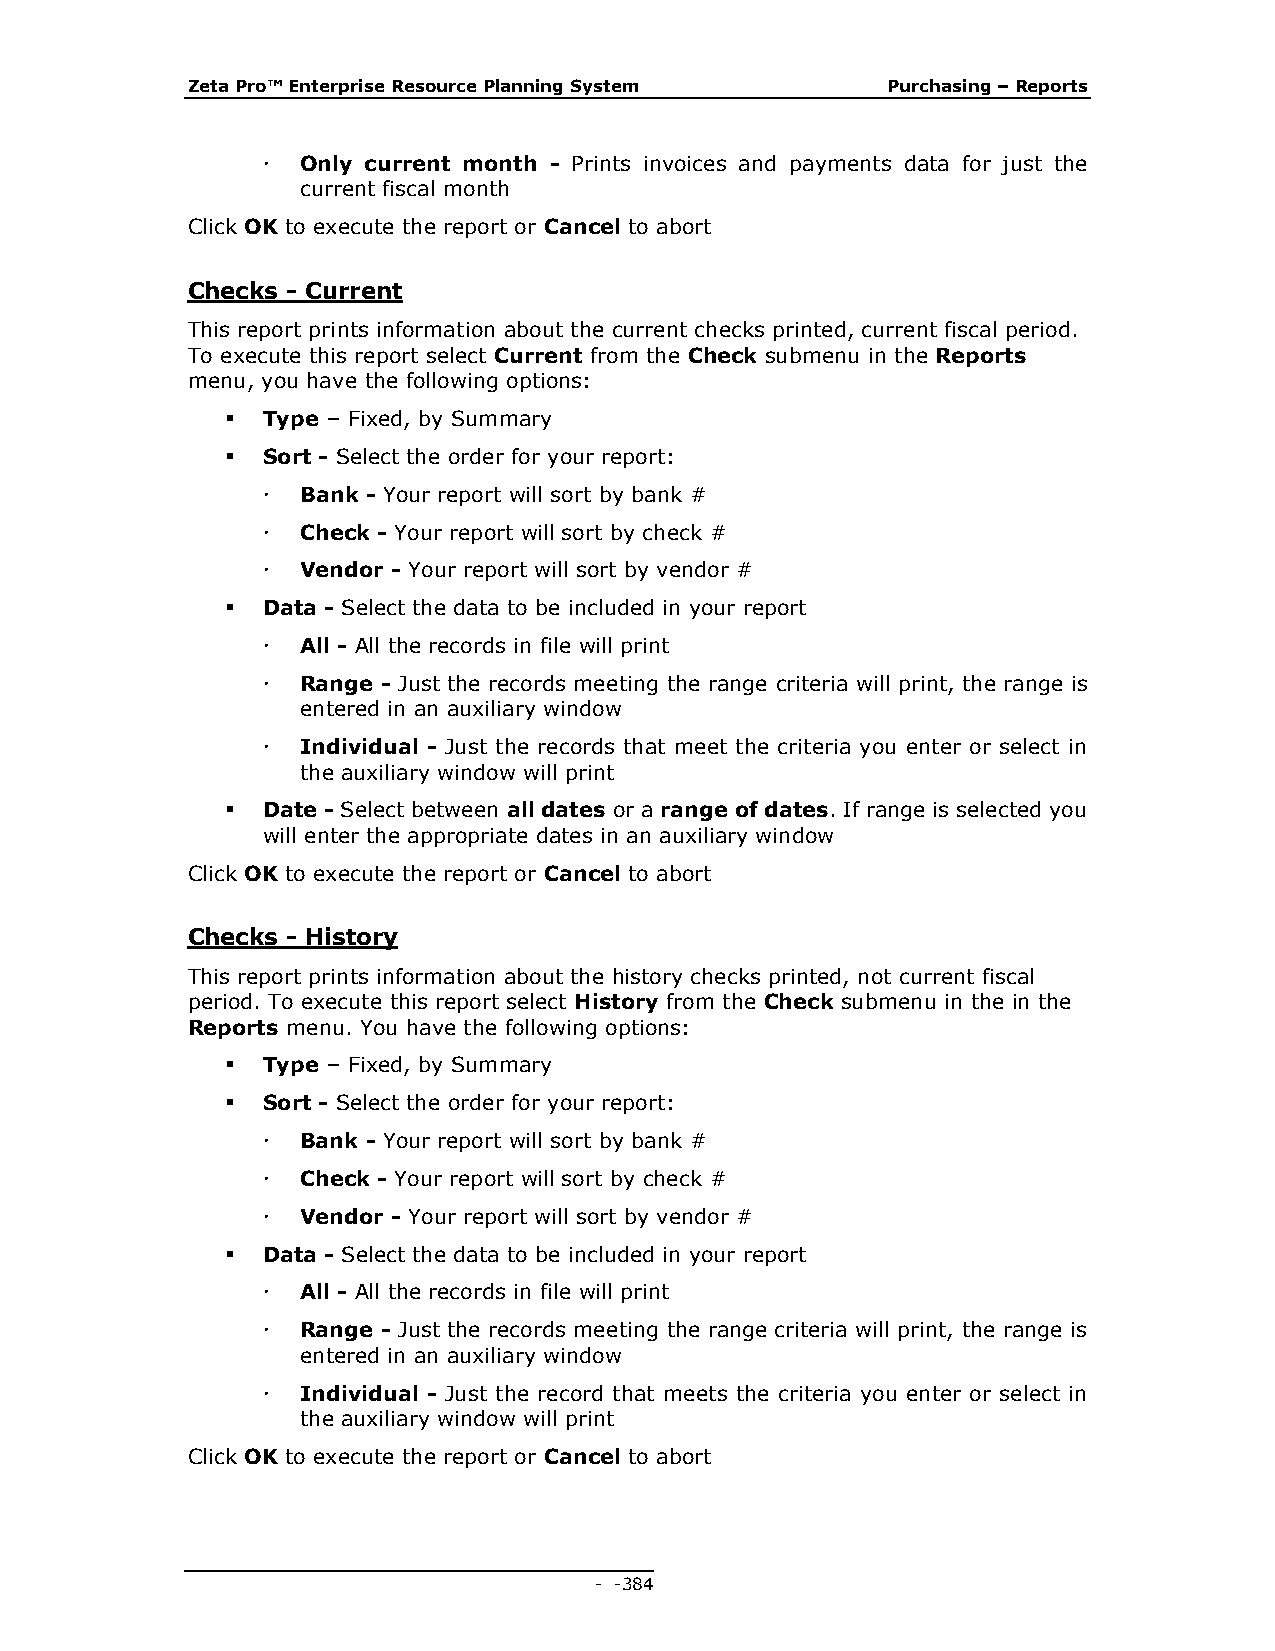
Zeta Pro™ Enterprise Resource Planning System  Purchasing – Reports
   Only current month - Prints invoices and payments data for just the
 current fiscal month
 Click OK to execute the report or Cancel to abort
 Checks - Current
 This report prints information about the current checks printed, current fiscal period.
 To execute this report select Current from the Check submenu in the Reports
 menu, you have the following options:
  Type – Fixed, by Summary
  Sort - Select the order for your report:
   Bank - Your report will sort by bank #
   Check - Your report will sort by check #
   Vendor - Your report will sort by vendor #
  Data - Select the data to be included in your report
   All - All the records in file will print
   Range - Just the records meeting the range criteria will print, the range is
 entered in an auxiliary window
   Individual - Just the records that meet the criteria you enter or select in
 the auxiliary window will print
  Date - Select between all dates or a range of dates. If range is selected you
 will enter the appropriate dates in an auxiliary window
 Click OK to execute the report or Cancel to abort
 Checks - History
 This report prints information about the history checks printed, not current fiscal
 period. To execute this report select History from the Check submenu in the in the
 Reports menu. You have the following options:
  Type – Fixed, by Summary
  Sort - Select the order for your report:
   Bank - Your report will sort by bank #
   Check - Your report will sort by check #
   Vendor - Your report will sort by vendor #
  Data - Select the data to be included in your report
   All - All the records in file will print
   Range - Just the records meeting the range criteria will print, the range is
 entered in an auxiliary window
   Individual - Just the record that meets the criteria you enter or select in
 the auxiliary window will print
 Click OK to execute the report or Cancel to abort
 - - 384